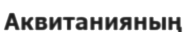
Аквитанияның